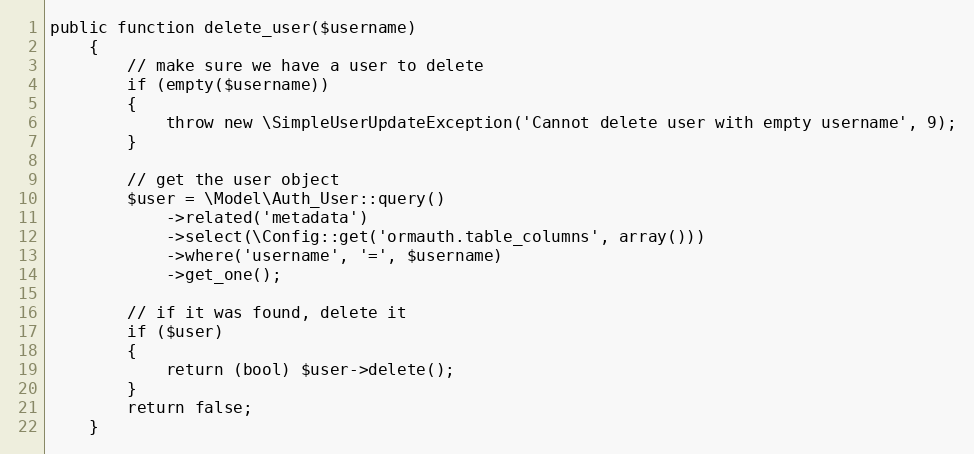
Language: PHP
public function delete_user($username)
	{
		// make sure we have a user to delete
		if (empty($username))
		{
			throw new \SimpleUserUpdateException('Cannot delete user with empty username', 9);
		}

		// get the user object
		$user = \Model\Auth_User::query()
			->related('metadata')
			->select(\Config::get('ormauth.table_columns', array()))
			->where('username', '=', $username)
			->get_one();

		// if it was found, delete it
		if ($user)
		{
			return (bool) $user->delete();
		}
		return false;
	}